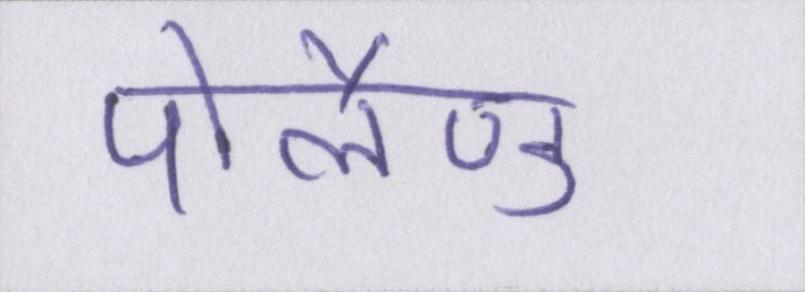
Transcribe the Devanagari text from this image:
पोलैण्ड